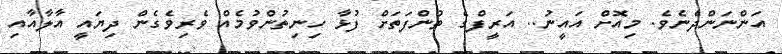
އަންނަންދެނެވެ. މިއޮށް އައީނު.. އަރީފްގެ ތުންފަތަށް ފުޅާ ހިނިތުންވުމެއް ވެރިވެގެން ދިޔައީ އާލާއާއި